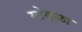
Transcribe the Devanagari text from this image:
मोदळा